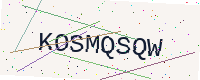
Text: KOSMQSQW